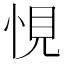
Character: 悓